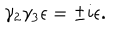
\gamma _ { 2 } \gamma _ { 3 } \epsilon = \pm i \epsilon .